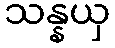
သန္နယှ